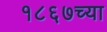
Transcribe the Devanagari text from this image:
१८६७च्या